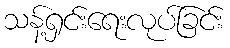
သန့်ရှင်းရေးလုပ်ခြင်း